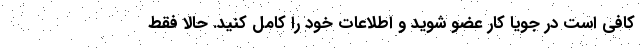
کافی است در جویا کار عضو شوید و اطلاعات خود را کامل کنید. حالا فقط